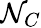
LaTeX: \mathcal{N}_{C}